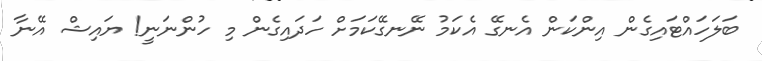
ބަލަހައްޓައިގެން އިންކަން އެނގޭ އެކަމު ނޭނގޭކަމަށް ހަދައިގެން މި ހުންނަނީ! ޔައިޝް އޭނާ